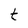
Character: t